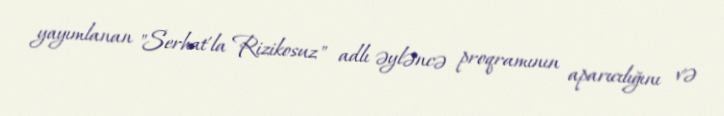
yayımlanan "Serhat'la Rizikosuz" adlı əyləncə proqramının aparıcılığını və